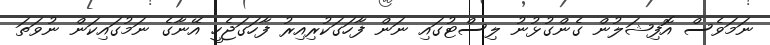
ނަމަވެސް އޮފިޝަލުން ގެންގުޅުނު ލިސްޓުގައި ނަން ފާހަގަކުރިއިރު ފާހަގަޖެހީ އޭނާގެ ނަމުގައިކަން ނުވަތަ